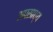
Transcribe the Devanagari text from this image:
अपसाध्य